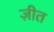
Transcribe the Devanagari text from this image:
ज़ीत